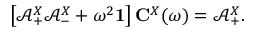
\left[ \mathbf { \mathcal { A } } _ { + } ^ { X } \mathbf { \mathcal { A } } _ { - } ^ { X } + \omega ^ { 2 } \mathbf { 1 } \right] \mathbf { C } ^ { X } \mathbf { ( } \omega ) = \mathbf { \mathcal { A } } _ { + } ^ { X } .